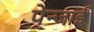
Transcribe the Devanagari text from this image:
पेन्जाई